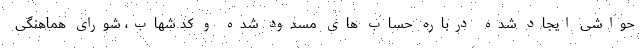
حواشی ایجاد شده درباره حساب های مسدود شده و کد شهاب، شورای هماهنگی